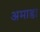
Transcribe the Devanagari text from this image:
अमाडा